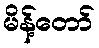
မိန့်တော်